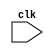
module Johnson_Counter(
    input wire clk,
    // Add other input/output ports as required
);

reg [3:0] count;

always @(posedge clk) begin
    // Johnson counter logic
    count <= {count[2:0], ~count[3]};
end

endmodule